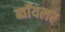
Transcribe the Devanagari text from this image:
ब्वॉयलर